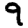
Digit: 9